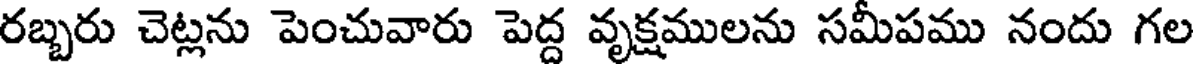
రబ్బరు చెట్లను పెంచువారు పెద్ద వృక్షములను సమీపము నందు గల